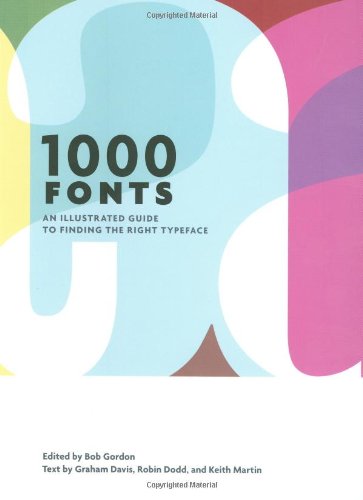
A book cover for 1000 Fonts; Keith Martin; Arts & Photography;